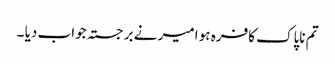
تم ناپاک کافرہ ہو امیر نے برجستہ جواب دیا ۔